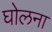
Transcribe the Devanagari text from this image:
घोलना